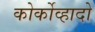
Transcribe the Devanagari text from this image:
कोर्कोव्हादो